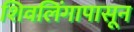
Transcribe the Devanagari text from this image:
शिवलिंगापासून